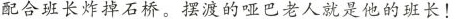
配合班长炸掉石桥。摆渡的哑巴老人就是他的班长！